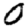
Digit: 0